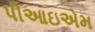
પીઆઇએમ